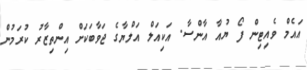
އައެމް ވެއިޓިން ފޯ ޔުއާ އާންސާ. އަކިއަލް އަލްޔާގެ ޖަވާބަކަށް އިންތިޒާރު ކުރަމުން